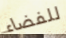
للفضاء